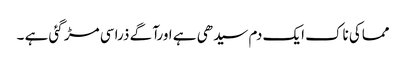
مماکی ناک ایک دم سیدھی ہے اورآگے ذرا سی مڑ گئی ہے ۔